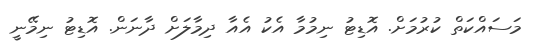
މަސައްކަތް ކުރުމަށް. އޮޑިޓު ނިމުމާ އެކު އެއާ ދިމާލަށް ދާނަން. އޮޑިޓު ނިމޭނީ